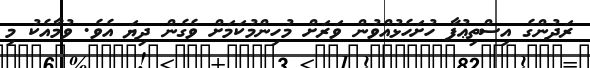
ރަދުންގެ އިސްތިޢުފާ ހުށަހެޅުއްވުން ވަރަށް މުހިންމުކަމަށް ވެގެން ދިޔަ އެވެ. ވުމާއެކު މި